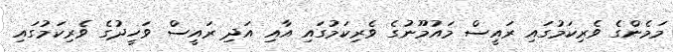
މަމެންގެ ވެރިކަމުގައި ރައީސް މައުމޫނުގެ ވެރިިކަމުގައި އާއި އަދި ރައީސް ވަހީދުގެ ވެރިކަމުގައި